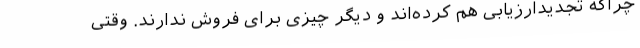
چراکه تجدیدارزیابی هم کرده‌اند و دیگر چیزی برای فروش ندارند. وقتی